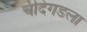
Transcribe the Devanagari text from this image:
चंदिगडला